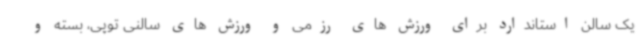
یک سالن استاندارد برای ورزش های رزمی و ورزش های سالنی توپی، بسته و